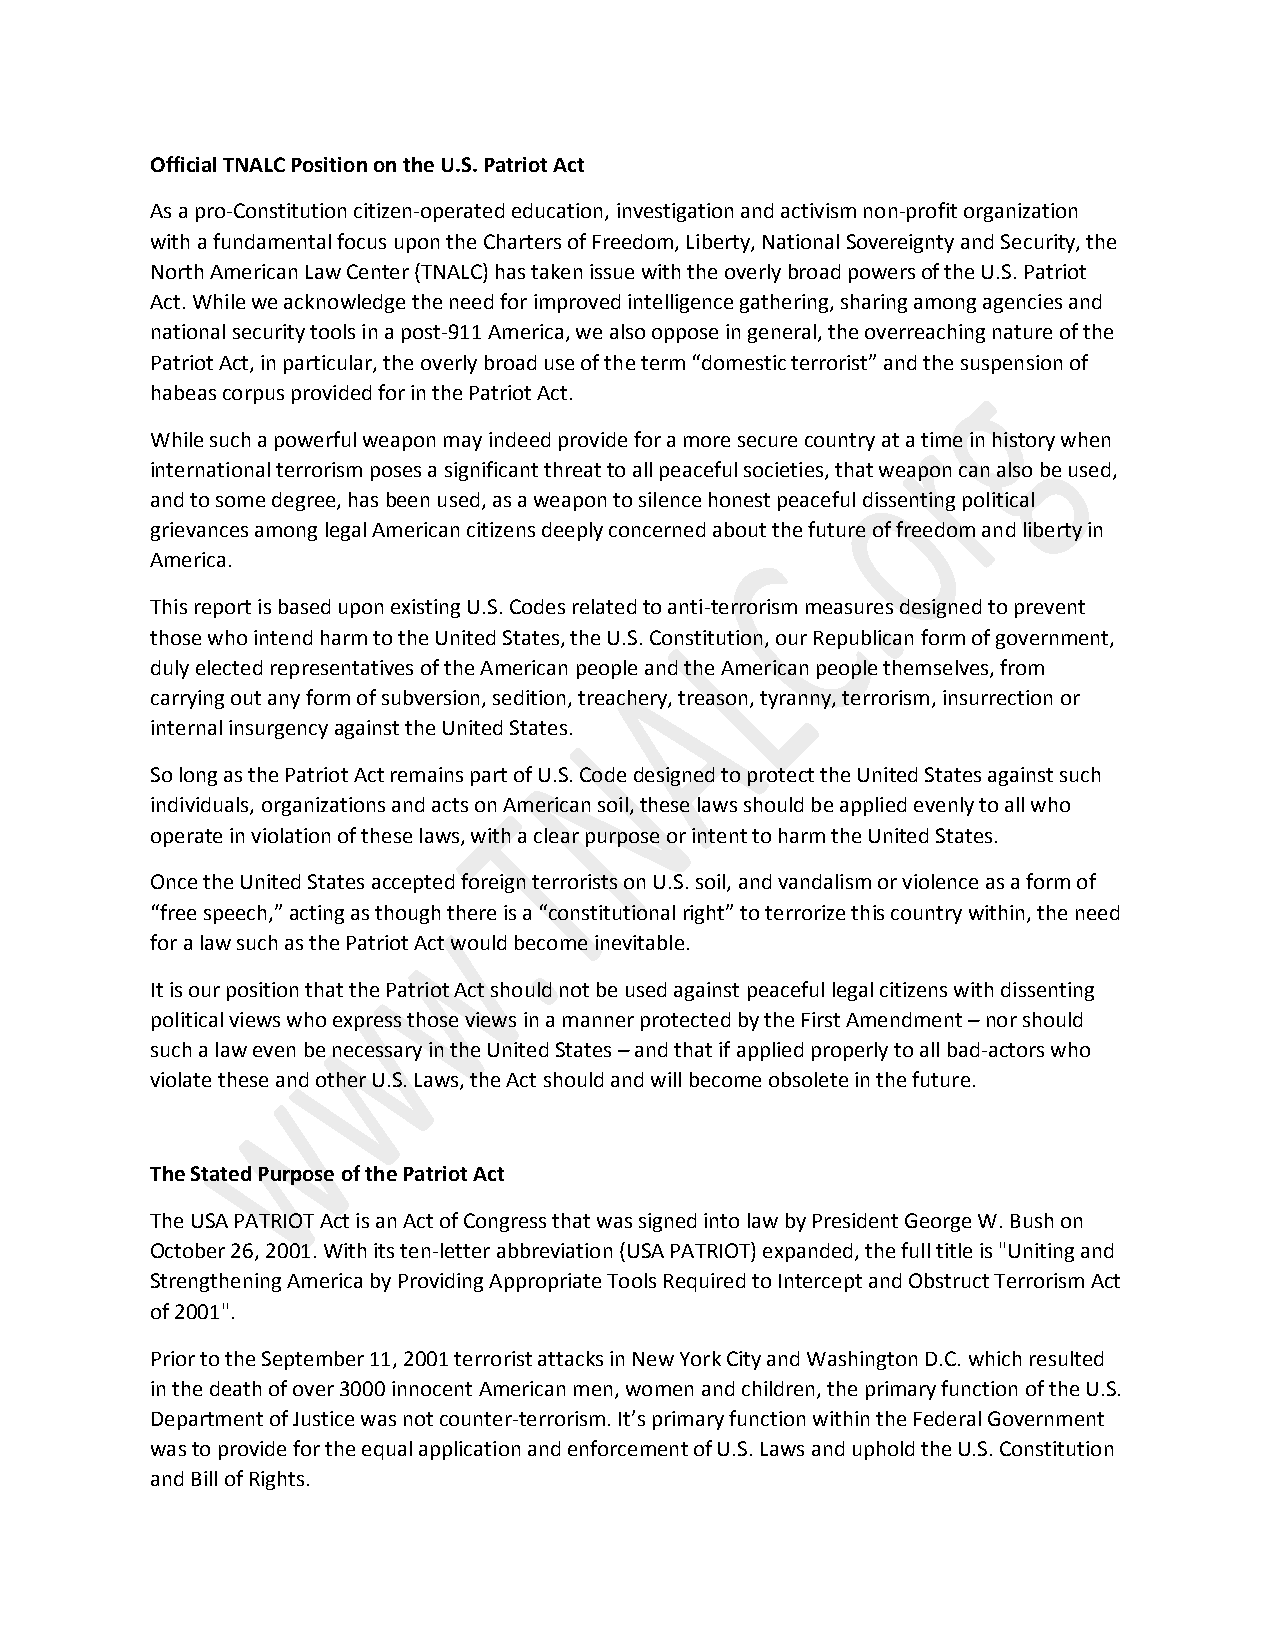
Official TNALC Position on the U.S. Patriot Act
 As a pro-Constitution citizen-operated education, investigation and activism non-profit organization
 with a fundamental focus upon the Charters of Freedom, Liberty, National Sovereignty and Security, the
 North American Law Center (TNALC) has taken issue with the overly broad powers of the U.S. Patriot
 Act. While we acknowledge the need for improved intelligence gathering, sharing among agencies and
 national security tools in a post-911 America, we also oppose in general, the overreaching nature of the
 Patriot Act, in particular, the overly broad use of the term “domestic terrorist” and the suspension of
 habeas corpus provided for in the Patriot Act.
 While such a powerful weapon may indeed provide for a more secure country at a time in history when
 international terrorism poses a significant threat to all peaceful societies, that weapon can also be used,
 and to some degree, has been used, as a weapon to silence honest peaceful dissenting political
 grievances among legal American citizens deeply concerned about the future of freedom and liberty in
 America.
 This report is based upon existing U.S. Codes related to anti-terrorism measures designed to prevent
 those who intend harm to the United States, the U.S. Constitution, our Republican form of government,
 duly elected representatives of the American people and the American people themselves, from
 carrying out any form of subversion, sedition, treachery, treason, tyranny, terrorism, insurrection or
 internal insurgency against the United States.
 So long as the Patriot Act remains part of U.S. Code designed to protect the United States against such
 individuals, organizations and acts on American soil, these laws should be applied evenly to all who
 operate in violation of these laws, with a clear purpose or intent to harm the United States.
 Once the United States accepted foreign terrorists on U.S. soil, and vandalism or violence as a form of
 “free speech,” acting as though there is a “constitutional right” to terrorize this country within, the need
 for a law such as the Patriot Act would become inevitable.
 It is our position that the Patriot Act should not be used against peaceful legal citizens with dissenting
 political views who express those views in a manner protected by the First Amendment – nor should
 such a law even be necessary in the United States – and that if applied properly to all bad-actors who
 violate these and other U.S. Laws, the Act should and will become obsolete in the future.
 The Stated Purpose of the Patriot Act
 The USA PATRIOT Act is an Act of Congress that was signed into law by President George W. Bush on
 October 26, 2001. With its ten-letter abbreviation (USA PATRIOT) expanded, the full title is "Uniting and
 Strengthening America by Providing Appropriate Tools Required to Intercept and Obstruct Terrorism Act
 of 2001".
 Prior to the September 11, 2001 terrorist attacks in New York City and Washington D.C. which resulted
 in the death of over 3000 innocent American men, women and children, the primary function of the U.S.
 Department of Justice was not counter-terrorism. It’s primary function within the Federal Government
 was to provide for the equal application and enforcement of U.S. Laws and uphold the U.S. Constitution
 and Bill of Rights.